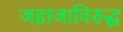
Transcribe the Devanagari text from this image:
जहाजाविरुद्ध